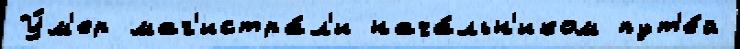
У́м'ер маг'истра́л'и нача́льн'иком пут'е́й